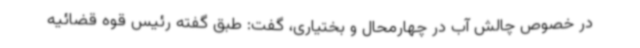
در خصوص چالش آب در چهارمحال و بختیاری، گفت: طبق گفته رئیس قوه قضائیه